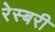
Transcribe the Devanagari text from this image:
रेस्बरी